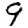
Digit: 9